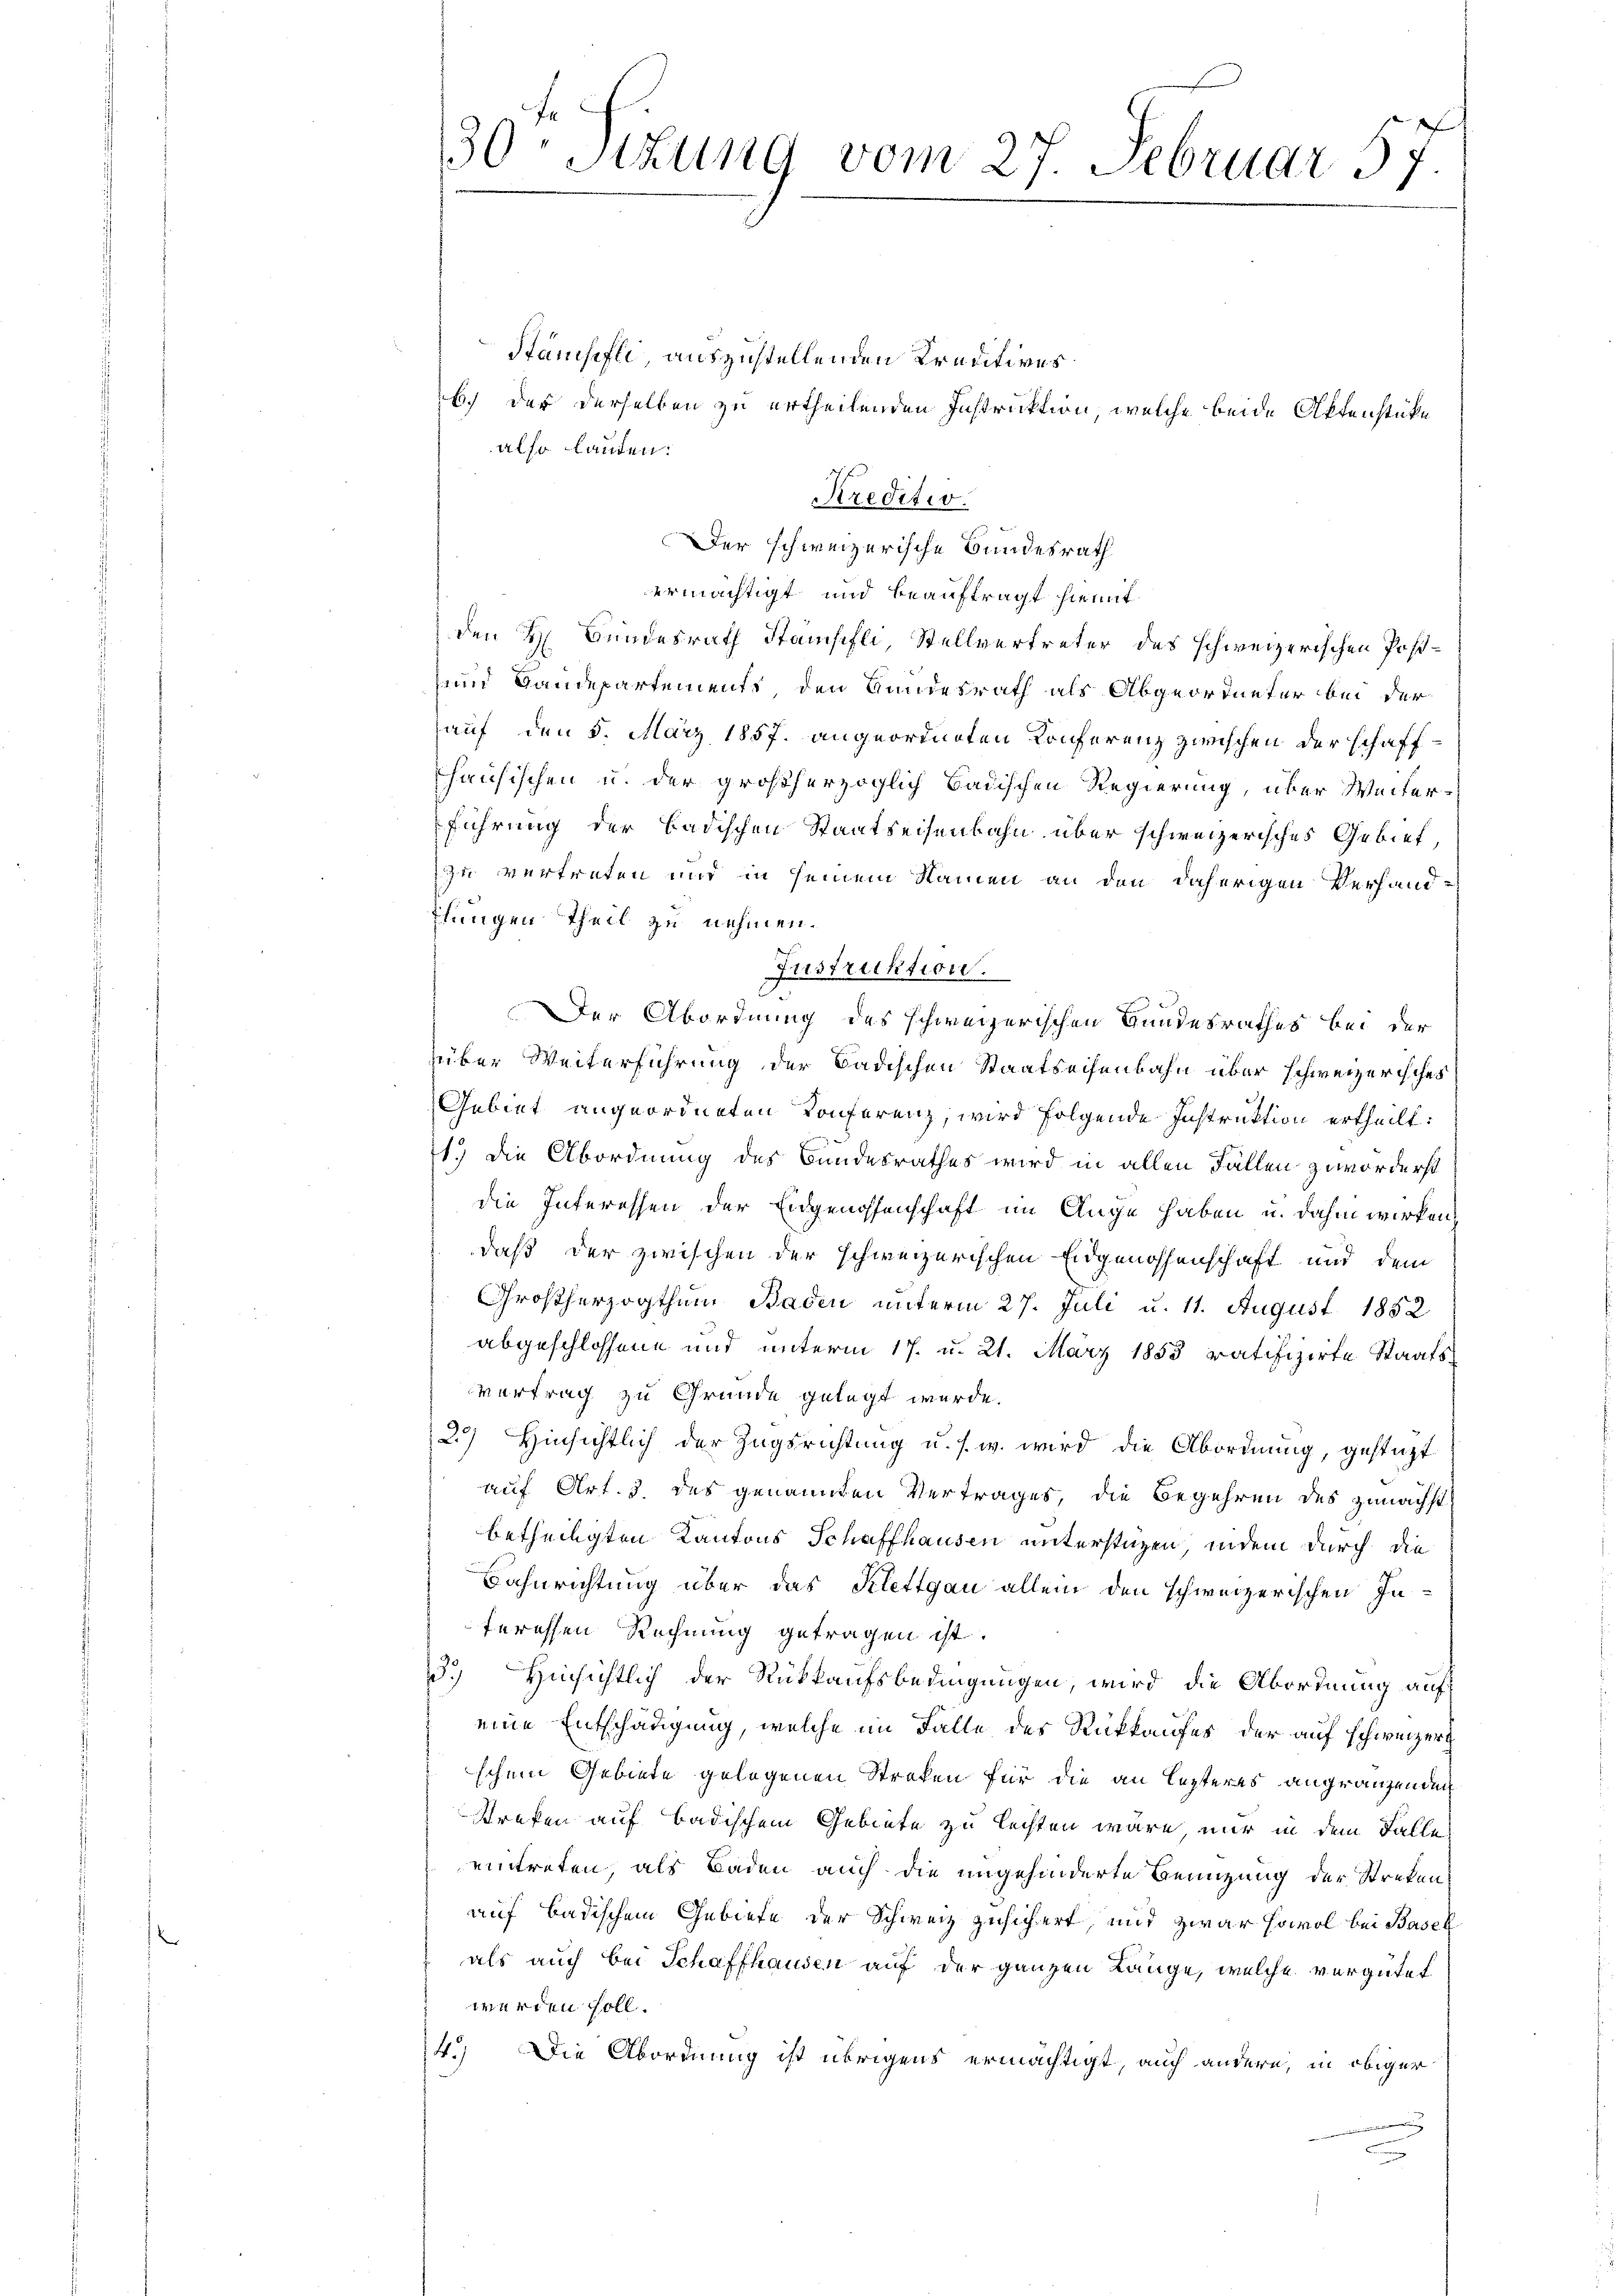
30. Situng vom 27. Februar 57
1

Stamsifle, auszustellenden Kraditives
b.) Der derselben zu ertheilenden Instruktion, welche beide Aktenstüke
also lauten:
Kreditio
Der schweizerische Bundesrath
ermächtigt und beauftragt hiemit
den H. Bundesrath Stampfli, Stellvertreter des schweizerischen Poß¬
und Bandepartements den Hundesrath als Abgeordneter bei der
auf den 5. März 1857. angeordneten Konferenz zwischen der schafffhausischen u. der großherzoglich badischen Regierung, über Weiter
führung der Badischen Staatseisenbahn über schweizerisches Gebiet,
zu vertreten nur in seinem Namen an den daherigen Verhandflungen Theil zu nehmen.
Instruktion.
Der Abordnung des schweizerischen Bundesrathes bei der
über Weiterführung der Badischen Staatseifenbahn über schweizerisches
Gebiet angeordneten Konferenz, wird folgende Instruktion ertheilt:
1.) Die Abordnung des Bundesrathes wird in allen Fällen zuvorderst
die Interessen der Eidgenossenschaft im Auge haben u. dahin wirken
daß der zwischen der schweizerischen Eidgenossenschaft und dem
Großherzogthum Baden unterm 27. Juli u. 11. August 1852
abgeschlossene und unterm 17. u. 21. März 1853 ratifizirte Staats¬
Vertrag zu Grunde gelegt wurde.
2) Hinsichtlich der Zugsrichtung u. s. w. wird die Abordnung, gestüzt
auf Art. 3. des genannten Vertrages, die Begehren des zunächst
betheiligten Kantons Schaffhausen unterstüzen, indem durch die
Bahnrichtung über das Klettgau allein den schweizerischen In-
teressen Rechnung getragen ist.
3.) Hinsichtlich der Rückkaufsbedingungen, wird die Abordnung auf
eine Entschädigung, welche im Falle des Rückkaufes der auf schweizer
schen Gebiete gelegenen Streken für die an lezteres angränzen den
Strafen auf Badischem Gebiete zu leisten wäre, nur in dem Falle
eintreten, als Baden auch die ungehinderte Benuzung der Streken
auf badischem Gebiete der Schweiz zusichert, und zwar sowol bei Basel
als auch bei Schaffhausen auf der ganzen Länge, welche vergütet
werden soll.
4.) Die Abordnung ist übrigens ermächtigt, auch andere, in obiger